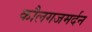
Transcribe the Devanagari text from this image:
कौलगजमर्दन